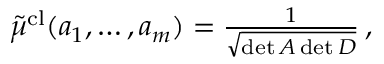
\begin{array} { r } { \tilde { \mu } ^ { \mathrm { c l } } ( a _ { 1 } , \dots , a _ { m } ) = \frac { 1 } { \sqrt { \operatorname* { d e t } \boldsymbol { A } \operatorname* { d e t } \boldsymbol { D } } } \, , } \end{array}